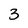
Character: 3